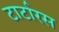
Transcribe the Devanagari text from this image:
टार्टारस